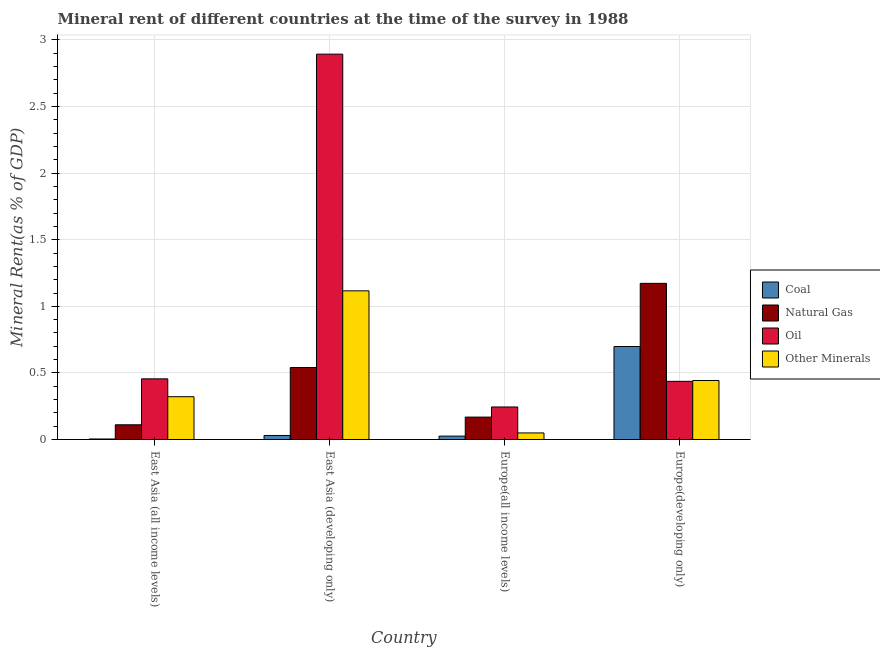
| Country | Coal | Natural Gas | Oil | Other Minerals |
 | --- | --- | --- | --- | --- |
 | East Asia (all income levels) | 0.00403 | 0.111 | 0.456 | 0.321 |
 | East Asia (developing only) | 0.0303 | 0.541 | 2.89 | 1.12 |
 | Europe(all income levels) | 0.0256 | 0.168 | 0.244 | 0.0495 |
 | Europe(developing only) | 0.698 | 1.17 | 0.437 | 0.443 |